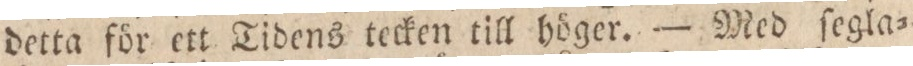
detta för ett Tidens tecken till höger. — Med ſegla=